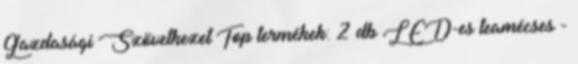
Gazdasági Szövetkezet Top termékek: 2 db LED-es teamécses -